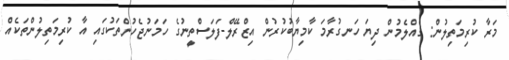
މަރާ ކުރިމަތިލުން: ގެއްލެމުން ދިޔަ ހަނގުރާމަ ކާމިޔާބުކުރުން އިޒްރޭލް-ފަލަސްތީނުގެ ހަމަނުޖެހުންތަކުގައި އާ ކުރިމަތިލުންތަކެއް